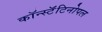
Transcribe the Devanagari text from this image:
कॉन्स्टॅंटिनोपल